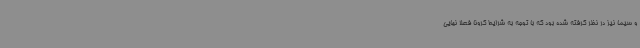
و سیما نیز در نظر گرفته شده بود که با توجه به شرایط کرونا فعلا نهایی